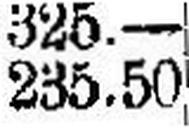
235.50